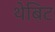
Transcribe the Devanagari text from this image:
थेबिट